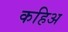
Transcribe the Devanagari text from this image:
कहिअ